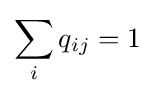
\sum _{i}q_{ij}=1